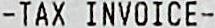
-TAX INVOICE-